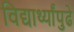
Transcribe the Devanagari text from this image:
विद्यार्थ्यांपुढे